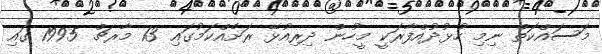
މަސައްކަތް ނިމި ހުޅުދުއްފާރަކީ މީހުން ދިރިއުޅޭ ރަށެއްކަމުގައި 13 މާރޗް 1995 ގައި